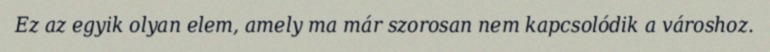
Ez az egyik olyan elem, amely ma már szorosan nem kapcsolódik a városhoz.